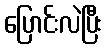
ပြောင်းလဲပြီး